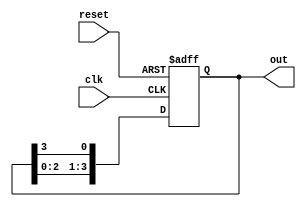
module ring_counter #(
    parameter N = 4  // Number of stages (flip-flops)
)(
    input wire clk,    // Clock signal
    input wire reset,  // Asynchronous reset signal
    output reg [N-1:0] out // Output of the ring counter
);

// Initial state for the ring counter
initial begin
    out = 1'b1; // Initialize the first flip-flop to '1'
end

// Always block to describe the behavior of the ring counter
always @(posedge clk or posedge reset) begin
    if (reset) begin
        out <= 1'b1; // Reset the counter to the initial state
    end else begin
        out <= {out[N-2:0], out[N-1]}; // Shift '1' to the right
    end
end

endmodule